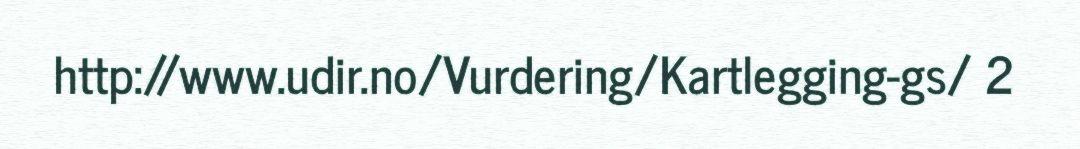
http://www.udir.no/Vurdering/Kartlegging-gs/ 2